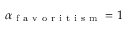
\alpha _ { \mathrm { ~ f ~ a ~ v ~ o ~ r ~ i ~ t ~ i ~ s ~ m ~ } } = 1